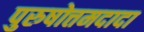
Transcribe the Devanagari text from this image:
पुरुषोत्तमदादा